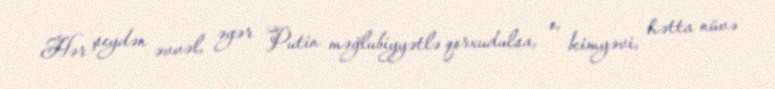
Hər şeydən əvvəl, əgər Putin məğlubiyyətlə qorxudulsa, o, kimyəvi, hətta nüvə